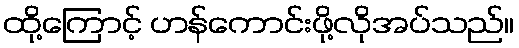
ထို့ကြောင့် ဟန်ကောင်းဖို့လိုအပ်သည်။